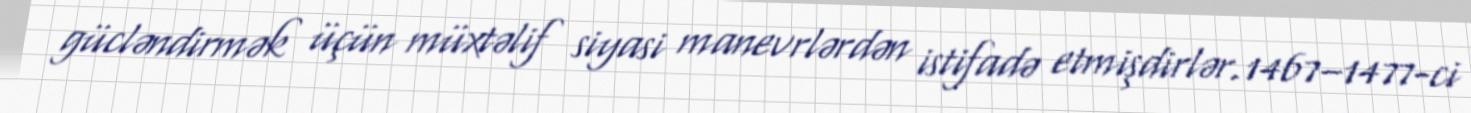
gücləndirmək üçün müxtəlif siyasi manevrlərdən istifadə etmişdirlər.1467–1477-ci